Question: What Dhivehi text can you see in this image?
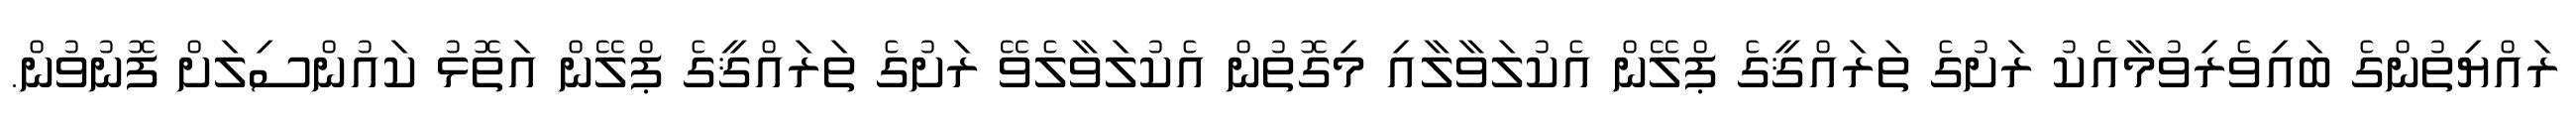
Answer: ރައްޔިތުންގެ ބައިވެރިވުމާއެކު ރަށުގެ ތަރައްޤީގެ ޕްލޭން އެކުލަވާލާއި މިގޮތުން އެކުލަވާލެވޭ ރަށުގެ ތަރައްޤީގެ ޕްލޭން އަތޮޅު ކައުންސިލަށް ފޮނުވުން.